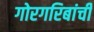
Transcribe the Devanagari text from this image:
गोरगरिबांची